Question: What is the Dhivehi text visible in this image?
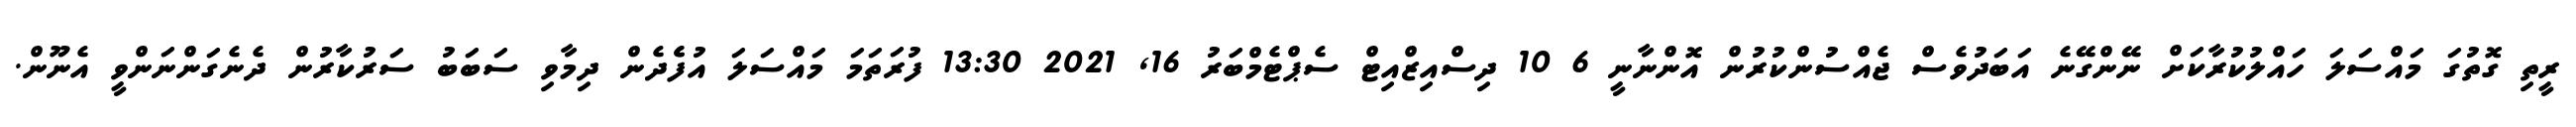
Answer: ރީތި ގޮތުގަ މައްސަލަ ހައްލުކުރާކަށް ނޭންގޭނެ އަބަދުވެސް ޖެއްސުންކުރުން އޮންނާނީ 6 10 ދިސްއިޒްއިޓް ސެޕްޓެމްބަރު 16, 2021 13:30 ފުރަތަމަ މައްސަލަ އުފެެދެން ދިމާވި ސަބަބު ސަރުކާރުން ދެނެގަންނަންވީ އެނޫން.